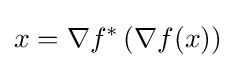
x=\nabla f^{*}\left(\nabla f(x)\right)